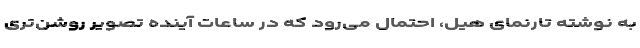
به نوشته تارنمای هیل، احتمال می‌رود که در ساعات آینده تصویر روشن‌تری